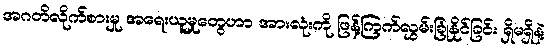
အဂတိလိုက်စားမှု အရေးယူမှုတွေဟာ အားလုံးကို ဖြန့်ကြက်လွှမ်းခြုံနိုင်ခြင်း ရှိမရှိနဲ့